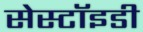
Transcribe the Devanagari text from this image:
सेस्टॉइडी